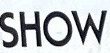
SHOW